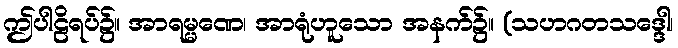
ဤပါဠိရပ်၌။ အာရမ္မဏေ၊ အာရုံဟူသော အနက်၌။ (သဟဂတသဒ္ဒေါ၊